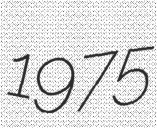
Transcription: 1975